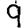
Digit: 9